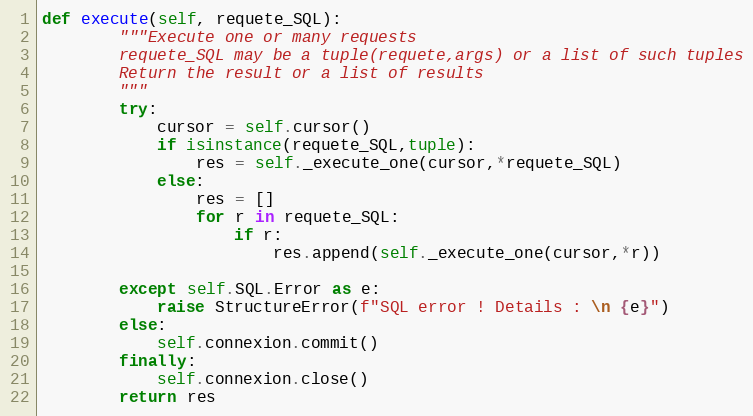
Language: Python
def execute(self, requete_SQL):
        """Execute one or many requests
        requete_SQL may be a tuple(requete,args) or a list of such tuples
        Return the result or a list of results
        """
        try:
            cursor = self.cursor()
            if isinstance(requete_SQL,tuple):
                res = self._execute_one(cursor,*requete_SQL)
            else:
                res = []
                for r in requete_SQL:
                    if r:
                        res.append(self._execute_one(cursor,*r))

        except self.SQL.Error as e:
            raise StructureError(f"SQL error ! Details : \n {e}")
        else:
            self.connexion.commit()
        finally:
            self.connexion.close()
        return res